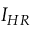
I _ { H R }